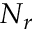
N _ { r }